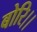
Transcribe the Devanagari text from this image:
बोरि।।